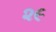
૨૯